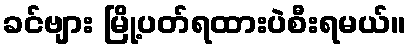
ခင်ဗျား မြို့ပတ်ရထားပဲစီးရမယ်။